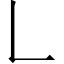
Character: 𠃊